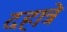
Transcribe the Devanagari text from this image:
दहात्रे